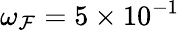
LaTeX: \omega_{\mathcal{F}}=5\times 10^{-1}